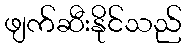
ဖျက်ဆီးနိုင်သည်